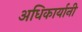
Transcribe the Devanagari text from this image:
अधिकार्यानी